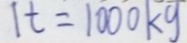
1 t = 1 0 0 0 k g